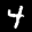
Label: 4